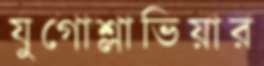
যুগোশ্লাভিয়ার